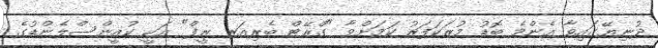
ދުނިޔޭގައިވާ އެންމެ ބޮޑު މުރަކަފަރު ކަމަށްވާ "ގްރޭޓް ބެރިއަރ ރީފް" އަކީ ކުއީންސްލެންޑުގެ